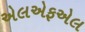
એલએફએલ